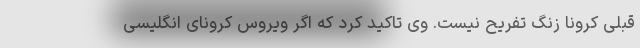
قبلی کرونا زنگ تفریح نیست. وی تاکید کرد که اگر ویروس کرونای انگلیسی